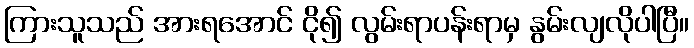
ကြားသူသည် အားရအောင် ငို၍ လွမ်းရာပန်းရာမှ နွမ်းလျလိုပါပြီ။